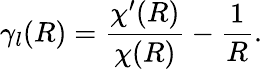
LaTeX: \gamma_{l}(R)=\frac{\chi^{\prime}(R)}{\chi(R)}-\frac{1}{R}.